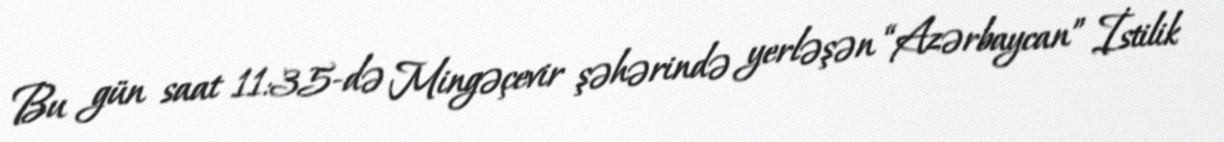
Bu gün saat 11:35-də Mingəçevir şəhərində yerləşən “Azərbaycan” İstilik